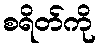
စရိတ်ကို